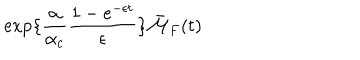
\exp \{ \frac { \alpha } { \alpha _ { c } } \frac { 1 - e ^ { - \epsilon t } } { \epsilon } \} \bar { { \cal M } } _ { F } ( t )